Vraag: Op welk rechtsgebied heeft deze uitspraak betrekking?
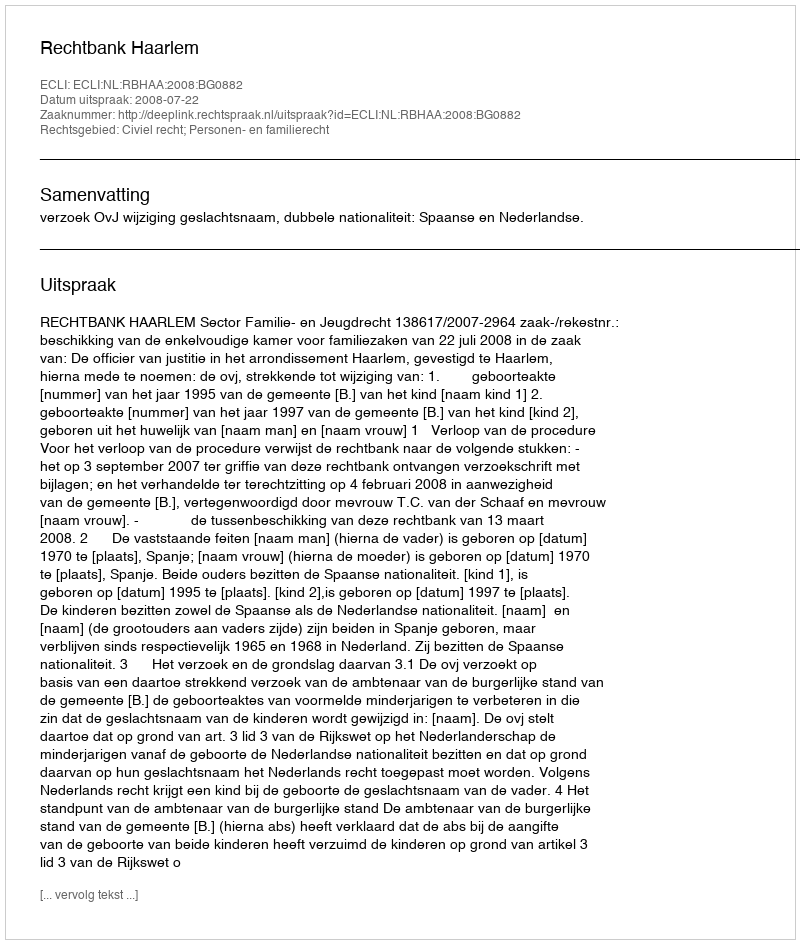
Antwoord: Civiel recht; Personen- en familierecht